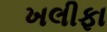
ખલીફા